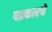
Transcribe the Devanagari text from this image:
पव्रकारचे